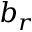
b _ { r }